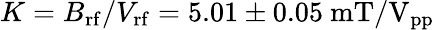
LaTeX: K=B_{\mathrm{rf}}/V_{\mathrm{rf}}=5.01\pm 0.05~\mathrm{mT/V_{pp}}